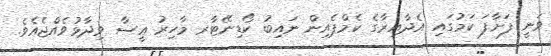
ވަނީ ފަށާފަ ކަމުގައި އެދާއިރާގެ ކެމްޕެއިން ނައިބު ކޯޑިނޭޓާރ މާހިރު ޢީސާ ވިދާޅުވެއްޖެއެވެ.